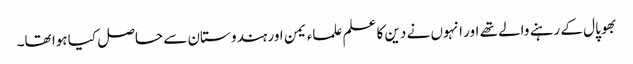
بھوپال کے رہنے والے تھے اور انہوں نے دین کا علم علماء یمن اور ہندو ستان سے حاصل کیا ہوا تھا۔